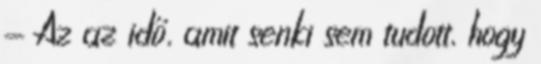
- Az az idő, amit senki sem tudott, hogy